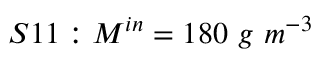
S 1 1 : M ^ { i n } = 1 8 0 \ g \ m ^ { - 3 }